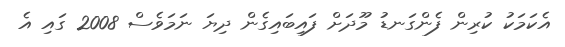
އެކަމަކު ކުރިން ފެންގަނޑު މޫދަށް ފައިބައިގެން ދިޔަ ނަމަވެސް 2008 ގައި އެ